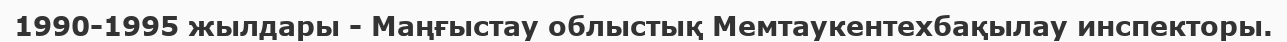
1990-1995 жылдары - Маңғыстау облыстық Мемтаукентехбақылау инспекторы.